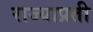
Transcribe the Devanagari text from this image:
राज्याप्रती